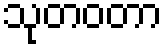
သုတဝတာ